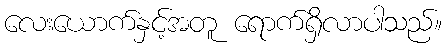
လေးယောက်နှင့်အတူ ရောက်ရှိလာပါသည်။